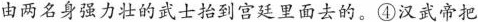
由两名身强力壮的武士抬到宫廷里面去的。④汉武帝把